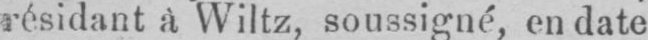
résidant à Wiltz, soussigné, en date